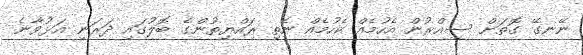
ނޭނގޭ ގޮތަށް ސިއްރުން އެހުމެއް ކެހުމެއް ނެތި ރައްޔިތުންގެ ބޮލުގައި ދަރަނި އަޅުވާނެ